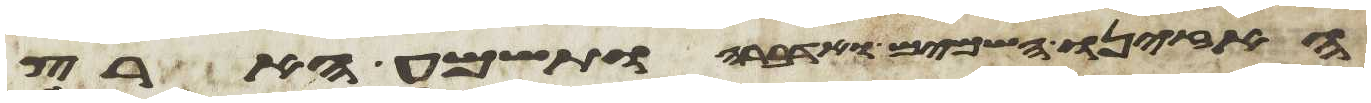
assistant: האזינו השמים ואדברה ותשמע הארץ